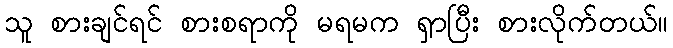
သူ စားချင်ရင် စားစရာကို မရမက ရှာပြီး စားလိုက်တယ်။